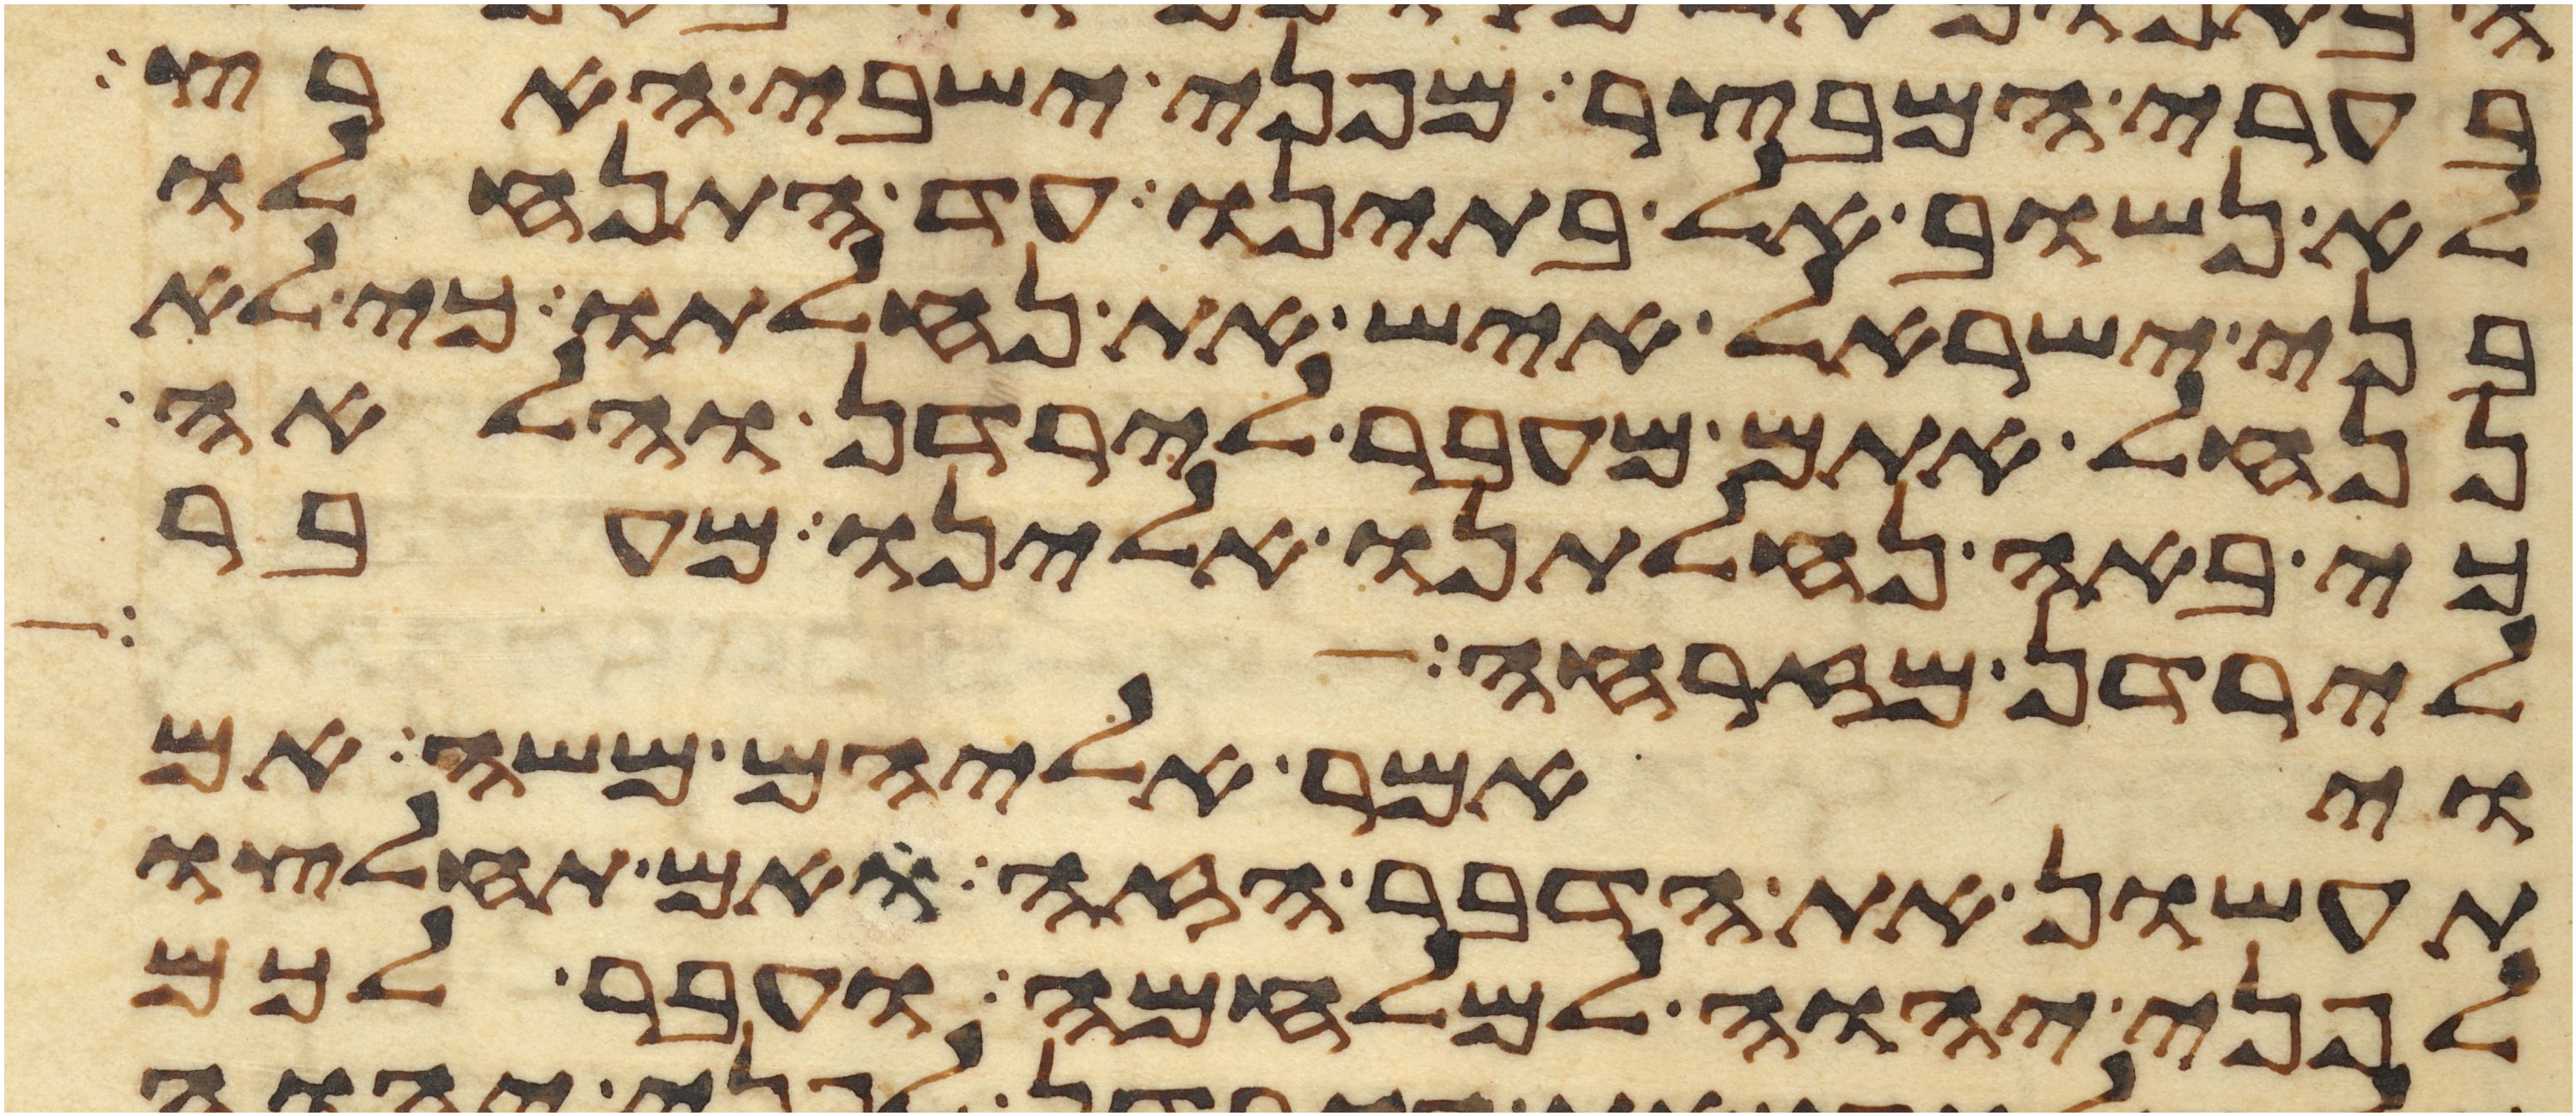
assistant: בערי המבצר מפני ישבי הארץ
לא נשוב אל בתינו עד התנחלו
בני ישראל איש את נחלתו כי לא
ננחל אתם מעבר לירדן והלאה
כי באה נחלתנו אלינו מעבר
לירדן מזרחה
ויאמר אליהם משה אם
תעשון את הדבר הזה ואם תחלצו
לפני יהוה למלחמה ועבר לכם